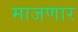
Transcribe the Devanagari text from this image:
माजणार